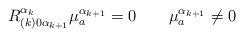
\begin{align*}R^{\alpha_k}_{(k)0\alpha_{k+1}}\mu^{\alpha_{k+1}}_a=0\qquad\mu^{\alpha_{k+1}}_a\neq0\end{align*}